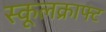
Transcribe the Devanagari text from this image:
स्कूलक्राफ्ट